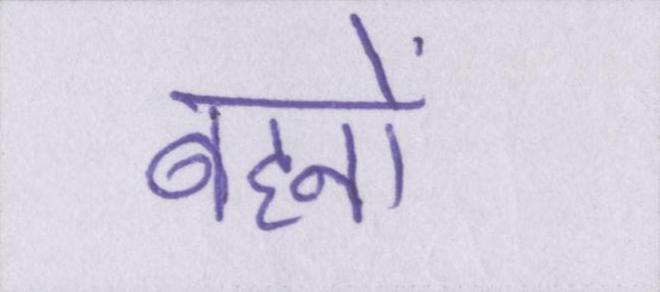
बहनों